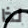
لذا